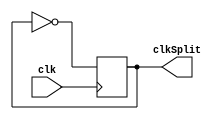
module splitClock(input wire clk, output reg clkSplit);
	always@(posedge clk) begin
		clkSplit <= !clkSplit;
	end
endmodule